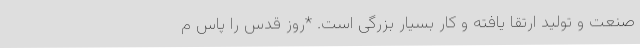
صنعت و تولید ارتقا یافته و کار بسیار بزرگی است. *روز قدس را پاس م